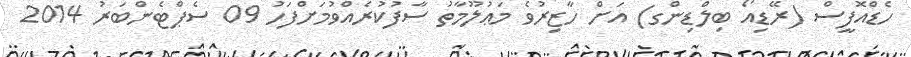
ހެޑްއޮފީސް (ރޭޑިއޯ ބިލްޑިންގ) އަށް ހާޒިރުވެ މަޢުލޫމާތު ސާފުކުރެއްވުމަށްފަހު 09 ސެޕްޓެންބަރު 2014